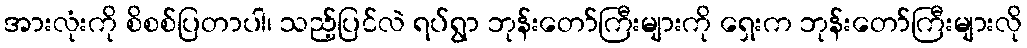
အားလုံးကို စိစစ်ပြတာပါ၊ သည့်ပြင်လဲ ရပ်ရွာ ဘုန်းတော်ကြီးများကို ရှေးက ဘုန်းတော်ကြီးများလို